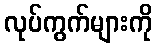
လုပ်ကွက်များကို